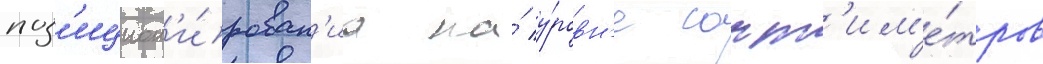
поз'ицион'и́рован'иа на́ у́ровн'е сант'им'е́тров